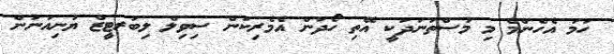
ހަމަ އެހެންމެ މި މުސްތަނަދަކީ އޭތި ހޯދަން އެމެރިކަން ސިވިލް ލިބަރޓީޒް ޔުނިއަނުން